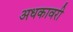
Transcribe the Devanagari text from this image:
अधकावरी